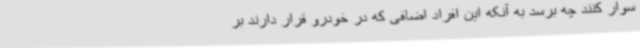
سوار کنند چه برسد به آنکه این افراد اضافی که در خودرو قرار دارند بر